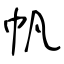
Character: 帆